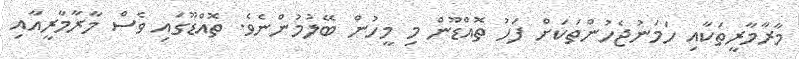
މާރާމާރީތަކާއި ހަމަނުޖެހުންތަކަށް ފަހު ތޮއްޑޫންް މި މީހުން ބޭލުމުންނެވެ. ތޮއްޑޫގައި ވެސް މާރާމާރީއާއި